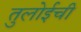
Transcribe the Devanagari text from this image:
तुलोईची